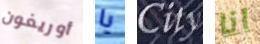
أوريغون يا City انا